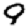
Digit: 9